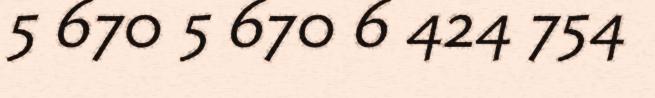
5 670 5 670 6 424 754